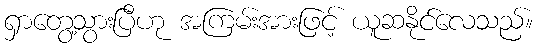
ရှာတွေ့သွားပြီဟု အကြမ်းအားဖြင့် ယူဆနိုင်လေသည်။